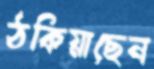
ঠকিয়াছেন